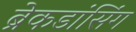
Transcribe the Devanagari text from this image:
ब्रेकडांसिंग